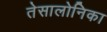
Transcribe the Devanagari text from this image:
तेसालोनिका